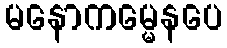
မနောကမ္မေနပေ